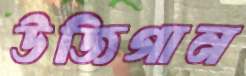
উজিগান